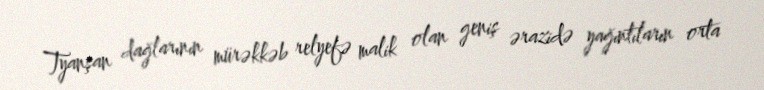
Tyanşan dağlarının mürəkkəb relyefə malik olan geniş ərazidə yağıntıların orta